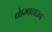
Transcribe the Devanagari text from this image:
केम्पटाउन